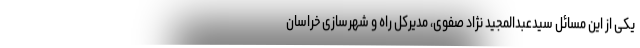
یکی از این مسائل سیدعبدالمجید نژاد صفوی، مدیرکل راه و شهرسازی خراسان